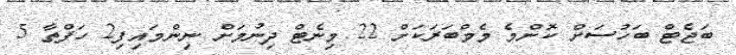
ބަޖެޓް ބަހުސަށް ކޮންމެ މެމްބަރަކަށް 22 މިނެޓް ދިނުމަށް ނިންމައިފި2 ހަފްތާ 5